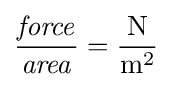
{\frac {\mathit {force}}{\mathit {area}}}=\mathrm {\frac {N}{m^{2}}}